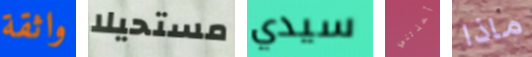
واثقة مستحيلا سيدي أخذتني ماذا